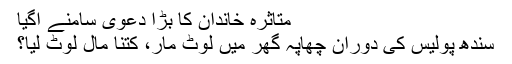
متاثرہ خاندان کا بڑا دعویٰ سامنے آگیا
سندھ پولیس کی دوران چھاپہ گھر میں لوٹ مار، کتنا مال لوٹ لیا؟